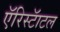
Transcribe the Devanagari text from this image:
एॅरिस्टॅाटल